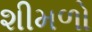
શીમળો